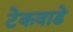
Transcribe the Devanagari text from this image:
टेकवाडे